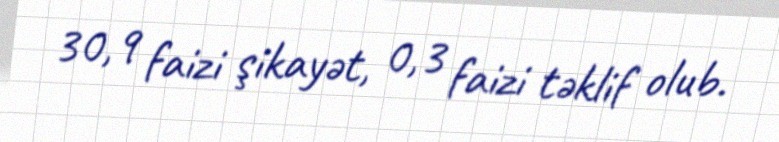
30,9 faizi şikayət, 0,3 faizi təklif olub.